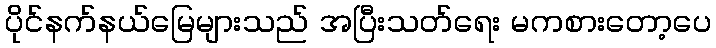
ပိုင်နက်နယ်မြေများသည် အပြီးသတ်ရေး မကစားတော့ပေ